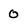
Character: 0